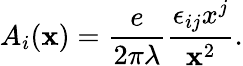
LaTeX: A_{i}({\mathbf x})=\frac{e}{2\pi\lambda}\frac{\epsilon_{ij}x^{j}}{{\mathbf x}^{2}}.